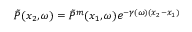
\Tilde { P } ( x _ { 2 } , \omega ) = \Tilde { P } ^ { m } ( x _ { 1 } , \omega ) e ^ { - \gamma ( \omega ) ( x _ { 2 } - x _ { 1 } ) }